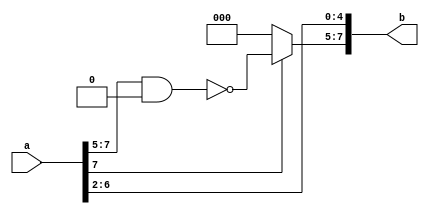
////////////////
////Thea Zhu///
///////////////

module rsh_n(a,b);

    parameter N = 3;
    parameter SHFT =2 ;
    input  [(2**N)-1:0] a;
    output reg[(2**N)-1:0] b;


    always @(*) begin
      if(SHFT == 1)begin
        if(a[(2**N)-1]==0) begin
          b[(2**N)-1] <=0;
          end
        else begin
          b[(2**N)-1] <=1;
        end 
        b[(2**N)-1-1:0] <= a[(2**N)-1:1];
      end 
    
    else begin
      if(a[(2**N)-1]==0) begin
          b[(2**N)-1:((2**N)-1-SHFT)] <=0;
        end
      else begin
        b[(2**N)-1:((2**N)-1-SHFT)] <=~(a[(2**N)-1:((2**N)-1-SHFT)]& 0);

      end 
        b[(2**N)-1-1-SHFT:0] <= a[(2**N)-1:SHFT];
    end 
    end 
endmodule


// module rsh_n 
// #(parameter N = 3,parameter SHFT =2)
// (input  [(2**N)-1:0] a,output reg[(2**N)-1:0] b);


//     always @(*) begin
//       if(SHFT == 1)begin
//         if(a[(2**N)-1]==0) begin
//           b[(2**N)-1] <=0;
//           end
//         else begin
//           b[(2**N)-1] <=1;
//         end 
//         b[(2**N)-1-1:0] <= a[(2**N)-1:1];
//       end 
    
//     else begin
//       if(a[(2**N)-1]==0) begin
//           b[(2**N)-1:((2**N)-1-SHFT)] <=0;
//         end
//       else begin
//         b[(2**N)-1:((2**N)-1-SHFT)] <=~(a[(2**N)-1:((2**N)-1-SHFT)]& 0);

//       end 
//         b[(2**N)-1-1-SHFT:0] <= a[(2**N)-1:SHFT];
//     end 
//     end 
// endmodule